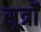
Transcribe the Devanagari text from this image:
सूर्त्रों